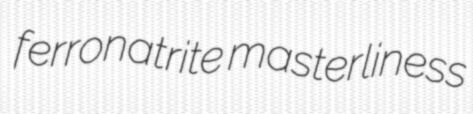
ferronatrite masterliness